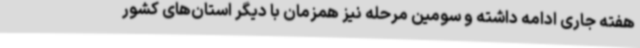
هفته جاری ادامه داشته و سومین مرحله نیز همزمان با دیگر استان‌های کشور